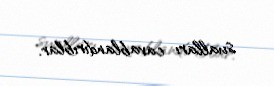
sualları cavablandırıblar.